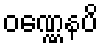
ဝဏ္ဏေနပိ